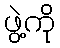
ဖွဲ့ကို